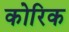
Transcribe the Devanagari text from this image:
कोरिक